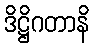
ဒိဋ္ဌိဂတာနိ